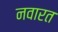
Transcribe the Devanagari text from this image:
नवारत